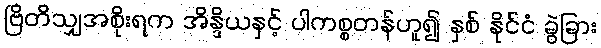
ဗြိတိသျှအစိုးရက အိန္ဒိယနှင့် ပါကစ္စတန်ဟူ၍ နှစ် နိုင်ငံ ခွဲခြား